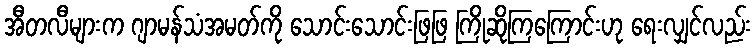
အီတလီများက ဂျာမန်သံအမတ်ကို သောင်းသောင်းဖြဖြ ကြိုဆိုကြကြောင်းဟု ရေးလျှင်လည်း